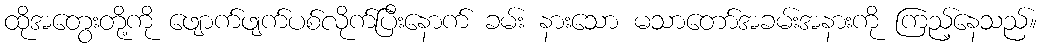
ထိုအတွေးတို့ကို ဖျောက်ဖျက်ပစ်လိုက်ပြီးနောက် ခမ်း နားသော မသာတော်အခမ်းအနားကို ကြည့်နေသည်။